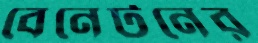
বেনেটনের